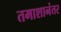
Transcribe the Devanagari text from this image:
तमाशानंतर